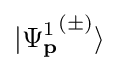
\vert {\Psi _{\mathbf {p} }^{1}}^{(\pm )}\rangle